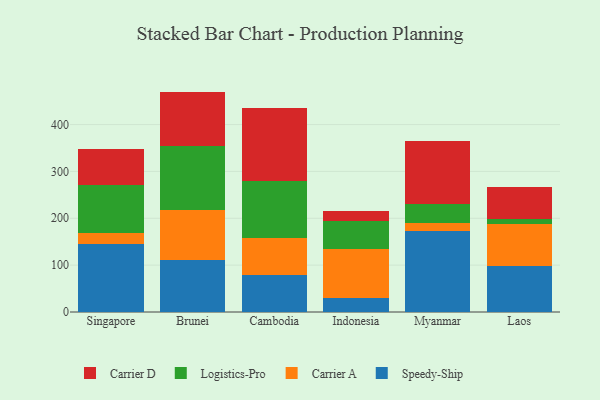
{"axis": {"x": "Country", "y": "Energy Usage (MWh)"}, "legend": ["Carrier A", "Carrier D", "Logistics-Pro", "Speedy-Ship"], "data": [{"x": "Singapore", "y": 146.1, "type": "Speedy-Ship"}, {"x": "Singapore", "y": 21.6, "type": "Carrier A"}, {"x": "Singapore", "y": 103.1, "type": "Logistics-Pro"}, {"x": "Singapore", "y": 77.7, "type": "Carrier D"}, {"x": "Brunei", "y": 110.7, "type": "Speedy-Ship"}, {"x": "Brunei", "y": 107.0, "type": "Carrier A"}, {"x": "Brunei", "y": 136.2, "type": "Logistics-Pro"}, {"x": "Brunei", "y": 116.4, "type": "Carrier D"}, {"x": "Cambodia", "y": 79.9, "type": "Speedy-Ship"}, {"x": "Cambodia", "y": 77.2, "type": "Carrier A"}, {"x": "Cambodia", "y": 122.1, "type": "Logistics-Pro"}, {"x": "Cambodia", "y": 156.3, "type": "Carrier D"}, {"x": "Indonesia", "y": 29.9, "type": "Speedy-Ship"}, {"x": "Indonesia", "y": 104.9, "type": "Carrier A"}, {"x": "Indonesia", "y": 58.6, "type": "Logistics-Pro"}, {"x": "Indonesia", "y": 23.1, "type": "Carrier D"}, {"x": "Myanmar", "y": 172.1, "type": "Speedy-Ship"}, {"x": "Myanmar", "y": 18.4, "type": "Carrier A"}, {"x": "Myanmar", "y": 40.6, "type": "Logistics-Pro"}, {"x": "Myanmar", "y": 134.8, "type": "Carrier D"}, {"x": "Laos", "y": 98.3, "type": "Speedy-Ship"}, {"x": "Laos", "y": 88.9, "type": "Carrier A"}, {"x": "Laos", "y": 11.4, "type": "Logistics-Pro"}, {"x": "Laos", "y": 67.2, "type": "Carrier D"}]}